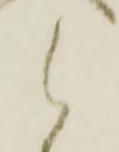
候